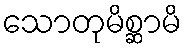
သောတုမိစ္ဆာမိ